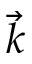
\overrightarrow { k }